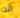
أنت